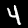
Label: 4